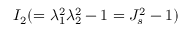
I _ { 2 } ( = \lambda _ { 1 } ^ { 2 } \lambda _ { 2 } ^ { 2 } - 1 = J _ { s } ^ { 2 } - 1 )